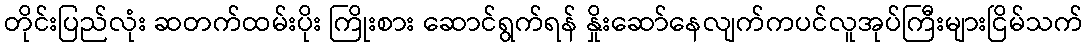
တိုင်းပြည်လုံး ဆတက်ထမ်းပိုး ကြိုးစား ဆောင်ရွက်ရန် နှိုးဆော်နေလျက်ကပင်လူအုပ်ကြီးများငြိမ်သက်